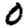
Digit: 0